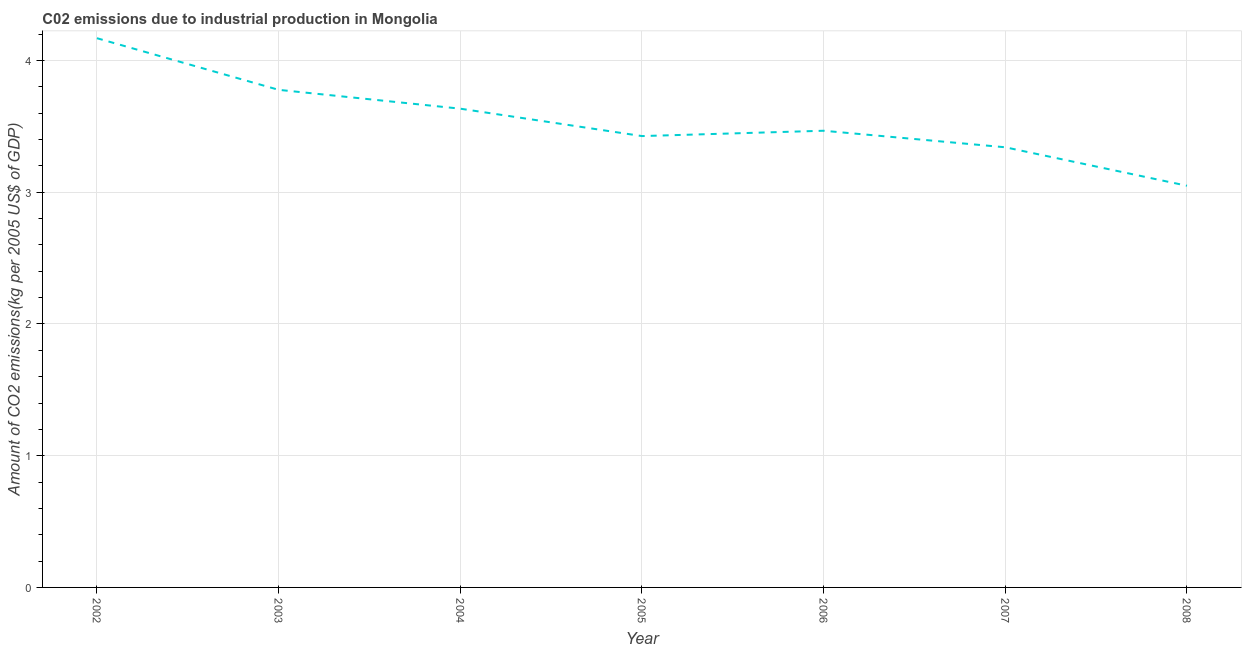
| Year | CO2 emissions  |
 | --- | --- |
 | 2002 | 4.17 |
 | 2003 | 3.78 |
 | 2004 | 3.63 |
 | 2005 | 3.43 |
 | 2006 | 3.47 |
 | 2007 | 3.34 |
 | 2008 | 3.05 |